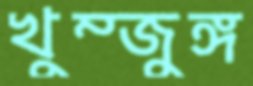
খুম্জুঙ্গ